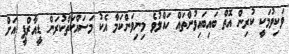
ވަކިވުމަކީ ކުރިން އޮތް ބައިބައިވުންތައް ހައްލުވެ މިނިވަންކަމާ އެކު މަސައްކަތްކުރަން ޑީއާރްޕީ އަށް